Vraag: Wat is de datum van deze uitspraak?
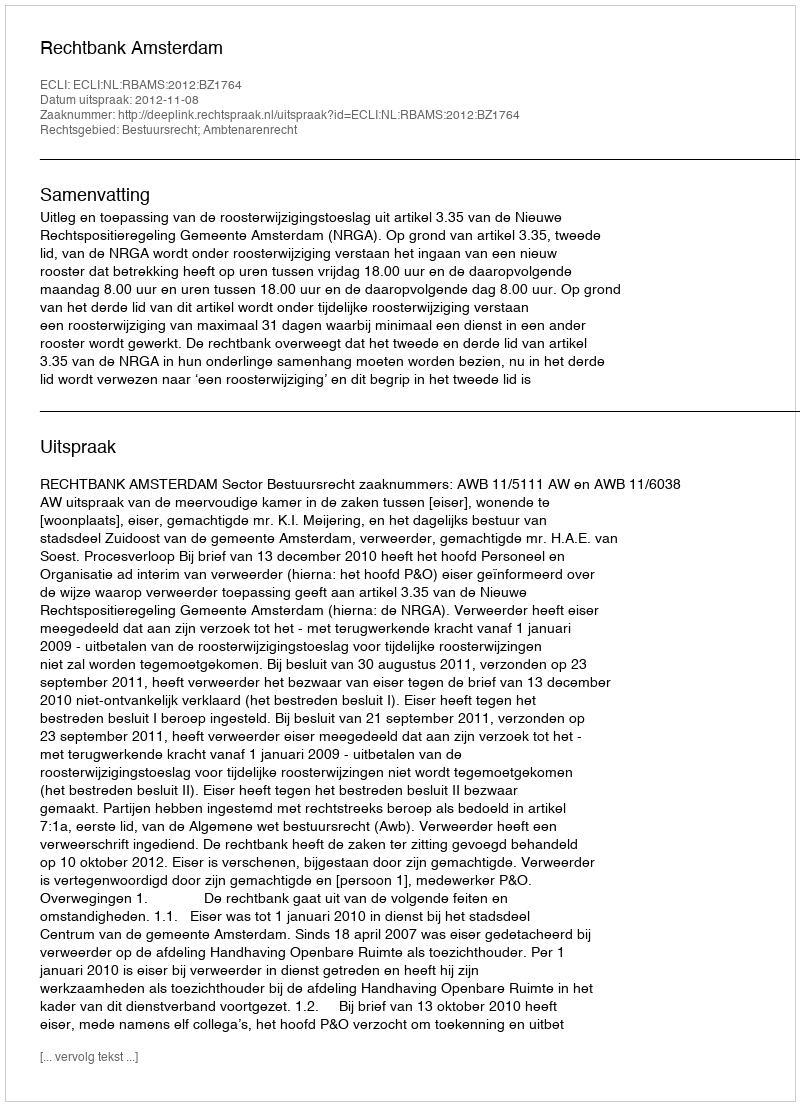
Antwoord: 2012-11-08